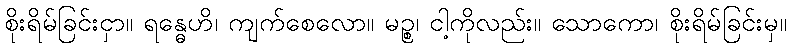
စိုးရိမ်ခြင်းငှာ။ ရန္ဓေဟိ၊ ကျက်စေလော။ မဉ္စ၊ ငါ့ကိုလည်း။ သောကော၊ စိုးရိမ်ခြင်းမှ။